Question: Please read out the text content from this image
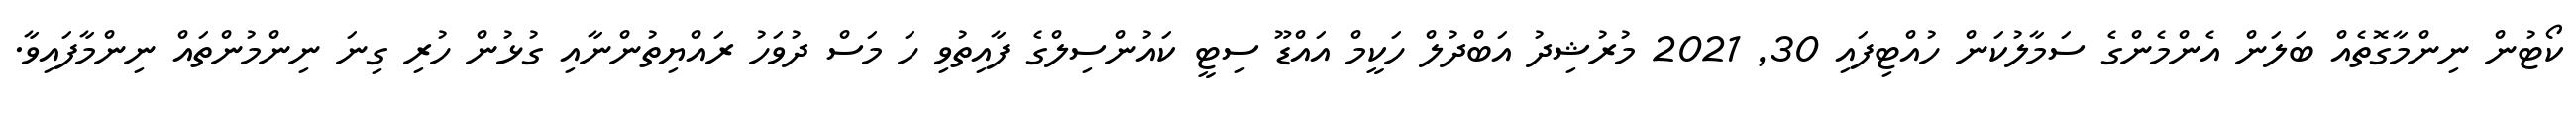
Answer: ކޯޓުން ނިންމާގޮތެއް ބަލަން އެންމެންގެ ސަމާލުކަން ހުއްޓިފައި 30, 2021 މުރުޝިދު އަބްދުލް ހަކީމް އައްޑޫ ސިޓީ ކައުންސިލްގެ ފާއިތުވި ހަ މަސް ދުވަހު ރައްޔިތުންނާއި ގުޅުން ހުރި ގިނަ ނިންމުންތައް ނިންމާފައިވާ.